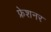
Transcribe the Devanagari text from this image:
फ्रेशनर